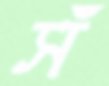
সঁ